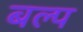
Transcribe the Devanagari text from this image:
बल्प